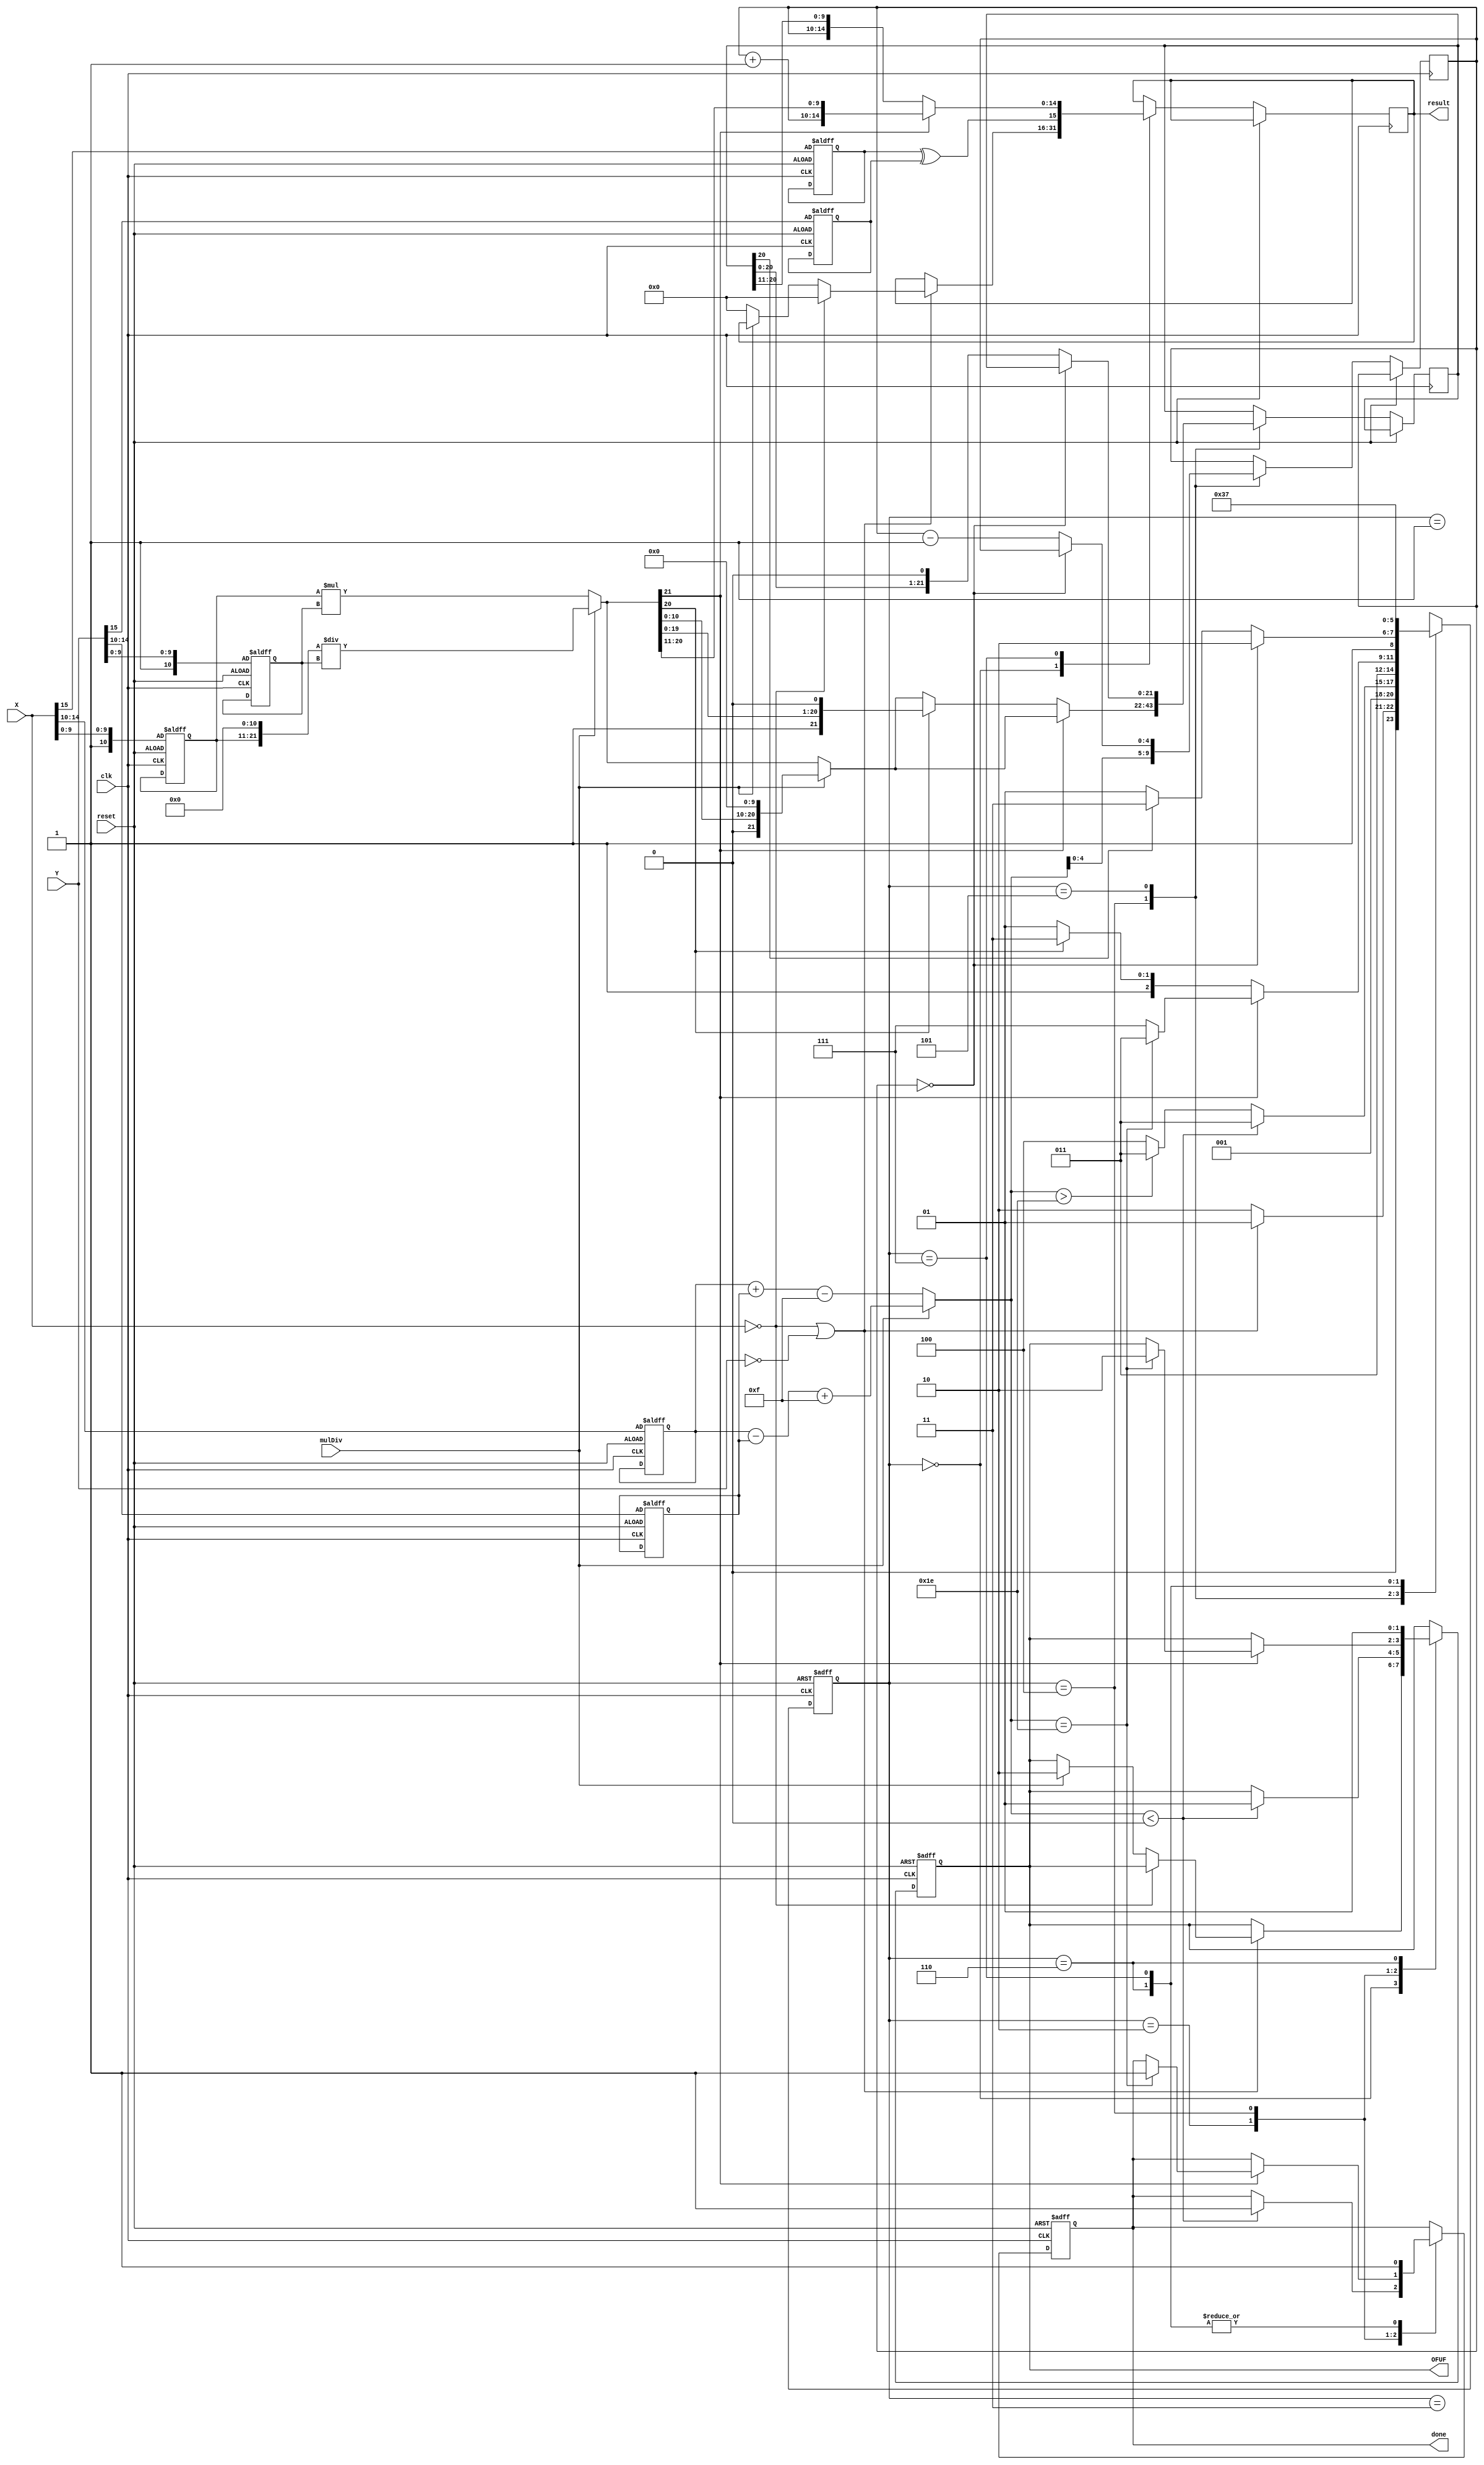
module mulDivCircuit (
    output reg [1:0] OFUF, output reg done, output reg [15:0] result,
    input [15:0] X, Y,
    input mulDiv, reset, clk
    ); //mulDiv is 0 if multiply, 1 if divide

    reg [2:0] state;
    reg xSign, ySign, zSign;
    reg [4:0] xExp, yExp, zExp, tempExp;
    reg [10:0] xMan, yMan; //hidden bit

    reg signed [5:0] expSum;
    reg [21:0] manTemp; //22 bits for the overflow from 11bit x 11bit 
    reg [21:0] manTempShifted;
    
    always @ (*) begin
        
        if (mulDiv == 1'b0) begin //multiply
            expSum = xExp + yExp - 15;
            manTemp = xMan * yMan;
        end else begin //divide
            expSum = xExp - yExp + 15; //shifting the quotient to the top
            manTemp = {xMan, {11{1'b0}}}  / {{11{1'b0}}, yMan}; 
        end  
        zSign = xSign ^ ySign;
       
        tempExp = zExp + 1; //must store as 5 bits
    end

    always @ (posedge clk or posedge reset) begin
        if (reset) begin
            state <= 0;
            xSign <= X[15];
            ySign <= Y[15];
            xExp <= X[14:10];
            yExp <= Y[14:10];
            xMan <= {1'b1, X[9:0]};
            yMan <= {1'b1, Y[9:0]};
            
            done <= 0;
            OFUF <= 2'b00;
        end else begin
            case (state)
                0: begin
                    if (X == 16'b0 || Y == 16'b0) begin
                        if (X == 16'b0)
                            result <= 16'b0;
                        else begin
                            if (mulDiv == 1'b0) //if multiply
                                result <= 16'b0;
                            else //divide by zero yields overflow
                                OFUF <= 2'b10;
                        end
                        state <= 1;
                    end
                    else 
                        state <= 2;
                end
                1: begin
                    state <= 1;
                end
                2: begin
                    if (expSum < 0) begin //exponent underflow since bias gets subtracted
                        OFUF <= 2'b01;
                        state <= 3;
                        done <= 1;
                    end else if (expSum > 30)  begin //exponent overflow
                        state <= 3;
                    end else
                        state <= 4;
                end
                3: begin
                        state <= 3;
                end
                4: begin
                    zExp <= expSum;

                    if (mulDiv) //shift the lower half upwards for division
                        manTempShifted <= {1'b0, manTemp[10:0], {10{1'b0}}} ; //divison will never have overflow so MSB will be 0
                    else //for multplication take the upper half as well
                        manTempShifted <= manTemp;

                    if (manTemp[21] == 1) begin //mantissa overflow
                        if (expSum == 30) begin //adding 1 more would cause overflow 
                            OFUF <= 2'b10;
                            done <= 1;
                            state <= 3;
                        end 
                        else
                            state <= 7;
                    end 
                    else begin
                        if (manTemp[20] == 1'b1) begin //special case for state 4-7 transition where shift needs to happen right away
                            state <= 7;
                            manTempShifted <= manTemp << 1;
                        end
                        else
                            state <= 5;
                    end
                end
                5: begin
                    if (zExp == 1'b0) //underflow if subtracted from 0 before clk edge
                        state <= 6;
                    else begin
                        manTempShifted <= manTempShifted << 1;
                        zExp <= zExp - 1;
                        if (manTempShifted[20] == 1) //manTemp has not been updated yet before clk edge
                            state <= 7;
                        else
                            state <= 5;
                    end
                end
                6: begin
                    OFUF <= 2'b01;
                    done <= 1;
                    state <= 6;
                end
                7: begin
                    if (manTemp[21] == 1) //mantissa overflow
                        result <= {zSign, tempExp, manTemp[20:11]};
                    else 
                        result <= {zSign, zExp, manTempShifted[20:11]}; //extract the 10 msb bits excluding the hidden bit          
                    done <= 1;
                    state <= 7;
                end
            endcase
        end
    end
endmodule